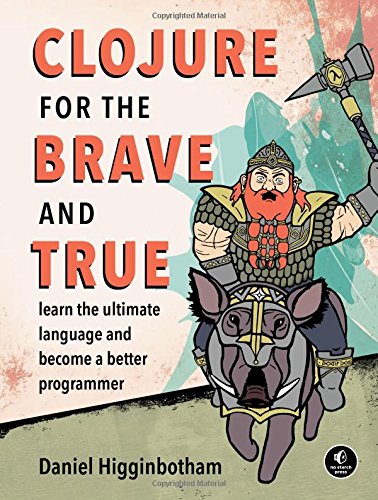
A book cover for Clojure for the Brave and True: Learn the Ultimate Language and Become a Better Programmer; Daniel Higginbotham; Computers & Technology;